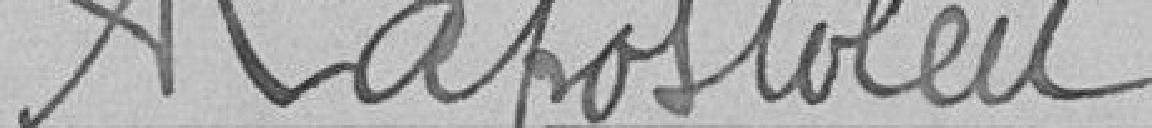
Lapostolest